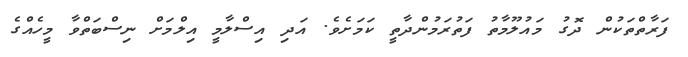
ފަރާތްތަކުން ދޮގު މައުލޫމާތު ފަތުރަމުންދާތީ ކަމަށެވެ. އަދި އިސްލާމީ އިލްމަށް ނިސްބަތްވާ މީހެއްގެ